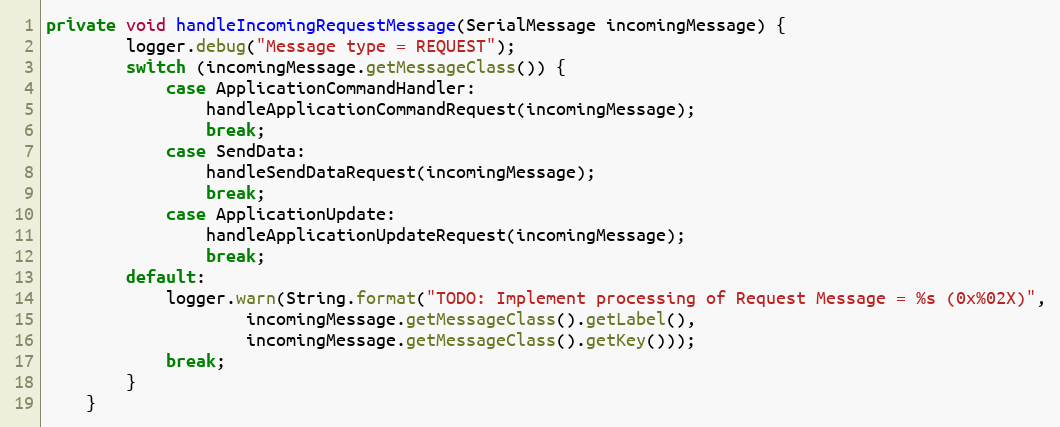
Language: Java
private void handleIncomingRequestMessage(SerialMessage incomingMessage) {
		logger.debug("Message type = REQUEST");
		switch (incomingMessage.getMessageClass()) {
			case ApplicationCommandHandler:
				handleApplicationCommandRequest(incomingMessage);
				break;
			case SendData:
				handleSendDataRequest(incomingMessage);
				break;
			case ApplicationUpdate:
				handleApplicationUpdateRequest(incomingMessage);
				break;
		default:
			logger.warn(String.format("TODO: Implement processing of Request Message = %s (0x%02X)",
					incomingMessage.getMessageClass().getLabel(),
					incomingMessage.getMessageClass().getKey()));
			break;
		}
	}